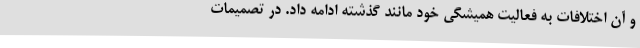
و آن اختلافات به فعالیت همیشگی خود مانند گذشته ادامه داد. در تصمیمات